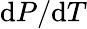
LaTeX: \mathrm{d}P/\mathrm{d}T